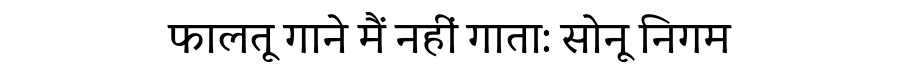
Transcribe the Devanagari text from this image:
फालतू गाने मैं नहीं गाता: सोनू निगम